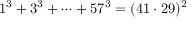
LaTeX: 1 ^ { 3 } + 3 ^ { 3 } + \dots + 5 7 ^ { 3 } = ( 4 1 \cdot 2 9 ) ^ { 2 }